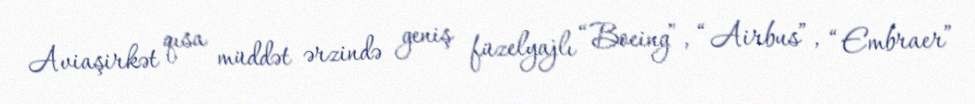
Aviaşirkət qısa müddət ərzində geniş füzelyajlı “Boeing”, “Airbus”, “Embraer”